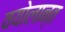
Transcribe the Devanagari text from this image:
वयोलान्त